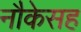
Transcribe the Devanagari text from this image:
नौकेसह